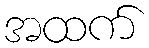
အထက်